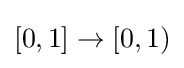
[0,1]\to [0,1)